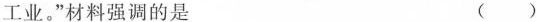
工业。”材料强调的是 ( )